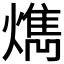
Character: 𤎱